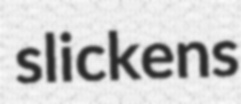
slickens